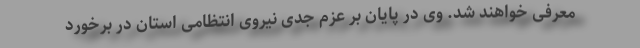
معرفی خواهند شد. وی در پایان بر عزم جدی نیروی انتظامی استان در برخورد